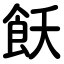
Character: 飫